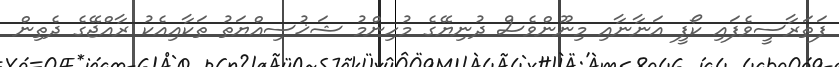
ފަތަރާސީވެފައި ކޯފީ އަނާނާއި މިނޫންވެސް ދުނިޔޭގެ މުހިންމު ޝަޚުސިއްޔަތު ތަކާއިއެކު ރާއްޖޭގެ ދެތިން